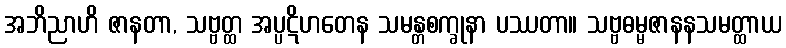
အဘိညာဟိ ဇာနတာ, သဗ္ဗတ္ထ အပ္ပဋိဟတေန သမန္တစက္ခုနာ ပဿတာ။ သဗ္ဗဓမ္မဇာနနသမတ္ထာယ